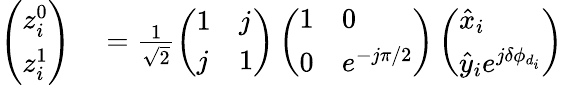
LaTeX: \begin{array}{rl}{\left(\begin{array}{l}{z_{i}^{0}}\\ {z_{i}^{1}}\end{array}\right)}&{{}=\frac{1}{\sqrt{2}}\left(\begin{array}{ll}{1}&{j}\\ {j}&{1}\end{array}\right)\left(\begin{array}{ll}{1}&{0}\\ {0}&{e^{-j\pi/2}}\end{array}\right)\left(\begin{array}{l}{\hat{x}_{i}}\\ {\hat{y}_{i}e^{j\delta\phi_{d_{i}}}}\end{array}\right)}\end{array}